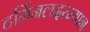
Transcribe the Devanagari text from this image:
टर्मिनलदरम्यान